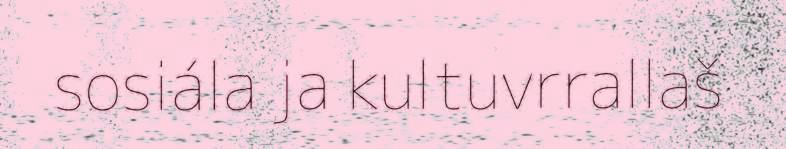
sosiála ja kultuvrrallaš